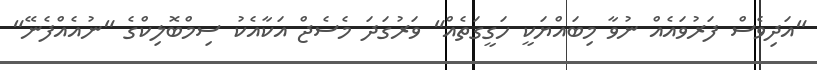
"އަދިވެސް ފަރުވައެއް ނުވާ މިބައްޔަކީ ހަގީގަތެއް" ވަރުގަދަ މެސެޖް އަކާއެކު ސިމްބޮލިކްގެ "ނުއެއްފެނޭ"